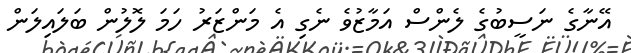
އޭނާގެ ނަސީބުގެ ލެންސް އަމާޒުވެ ނެގި އެ މަންޒަރު ހަމަ ލޮލުން ބަލައިލަން